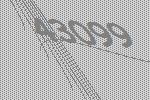
43099